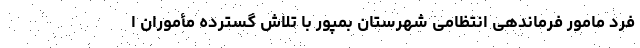
فرد مامور فرماندهی انتظامی شهرستان بمپور با تلاش گسترده مأموران ا